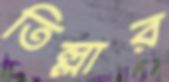
তিল্লার